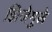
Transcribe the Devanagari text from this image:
झिजेमुळे